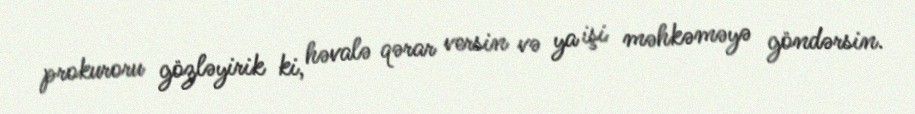
prokuroru gözləyirik ki, həvalə qərar versin və ya işi məhkəməyə göndərsin.